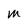
Character: M